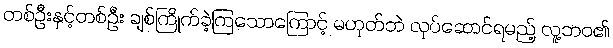
တစ်ဦးနှင့်တစ်ဦး ချစ်ကြိုက်ခဲ့ကြသောကြောင့် မဟုတ်ဘဲ လုပ်ဆောင်ရမည့် လူ့ဘဝ၏